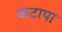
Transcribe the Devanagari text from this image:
कटापा